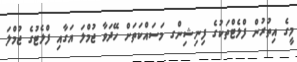
މީގެ އިތުރުން ފްލެޓްތަކުގެ ފިނިޝިންގ މަސައްކަތަށް ހޭދަވާ ޖުމްލަ އަގާއި ފްލެޓުގެ ޖުމްލަ